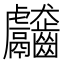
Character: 𪚊